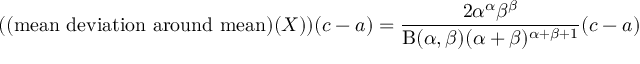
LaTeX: ( { \mathrm { ( m e a n ~ d e v i a t i o n ~ a r o u n d ~ m e a n ) } } ( X ) ) ( c - a ) = { \frac { 2 \alpha ^ { \alpha } \beta ^ { \beta } } { \mathrm { B } ( \alpha , \beta ) ( \alpha + \beta ) ^ { \alpha + \beta + 1 } } } ( c - a )